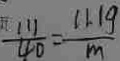
\frac { 1 1 1 } { 4 0 } = \frac { 1 1 . 1 g } { m }